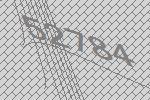
52784